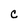
Character: C